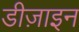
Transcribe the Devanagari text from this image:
डीज़ाइन